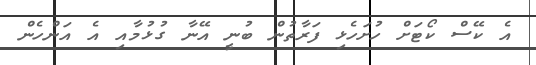
އެ ކޭސް ކޯޓަށް ހުށަހެޅި ފަރާތުން ބުނީ އޭނާ ގުޅުމާއި އެ އަންހެން